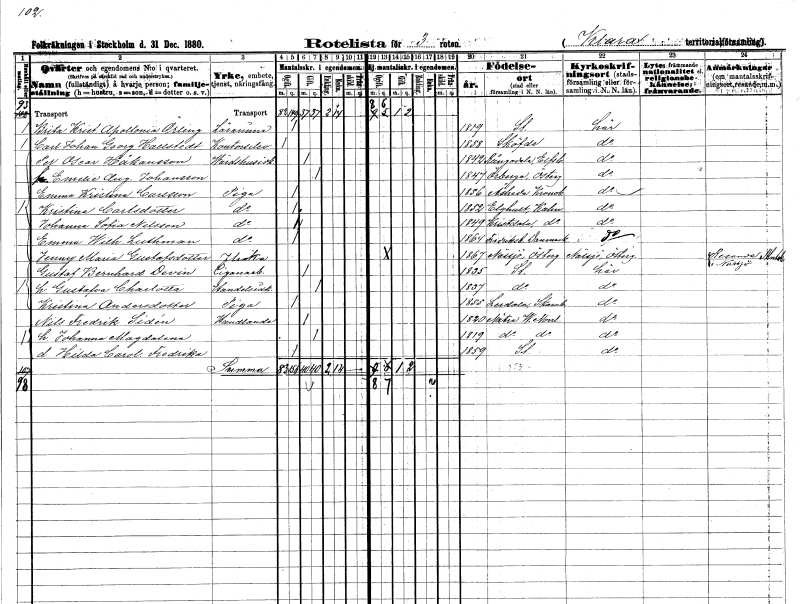
gt_parse: households: individuals: FN: Brita Kristina Apolonia
EN: Örling
YRKE: Lärarinna
KON: K
CIV: O
FODAR: 1819
FODFORS: Stockholm
FN: Carl Johan Georg
EN: Hallstedt
YRKE: Kontorselev
KON: M
CIV: O
FODAR: 1858
FN: Per Oscar
EN: Håkansson
YRKE: Värdshusidkare
KON: M
CIV: G
FODAR: 1842
FODFORS: Rångedala Älvsborgs län
FN: Emelie Augusta
EN: Johansson
KON: K
CIV: G
FODAR: 1847
FODFORS: Örberga Östergötlands län
FN: Emma Kristina
EN: Carlsson
YRKE: Piga
KON: K
CIV: O
FODAR: 1856
FODFORS: Åseda Kronobergs län
FN: Kristina
EN: Carlsdotter
YRKE: Piga
KON: K
CIV: O
FODAR: 1852
FODFORS: Älghult Kronobergs län
FN: Johanna Sofia
EN: Nilsson
YRKE: Piga
KON: K
CIV: O
FODAR: 1849
FODFORS: Kristdala Kalmar län
FN: Emma Wilhelmina
EN: Luthman
YRKE: Piga
KON: K
CIV: O
FODAR: 1864
FN: Jenny Maria
EN: Gustafsdotter
KON: K
CIV: O
FODAR: 1867
FODFORS: Nässjö Jönköpings län
FN: Gustaf Bernhard
EN: Devin
YRKE: Cigarrarbetare
KON: M
CIV: G
FODAR: 1835
FODFORS: Stockholm
FN: Gustafva Charlotta
YRKE: Handelsidkare
KON: K
CIV: G
FODAR: 1837
FODFORS: Stockholm
FN: Kristina
EN: Andersdotter
YRKE: Piga
KON: K
CIV: O
FODAR: 1855
FODFORS: Lerdala Skaraborgs län
FN: Nils Fredrik
EN: Sidén
YRKE: Handlande
KON: M
CIV: G
FODAR: 1820
FODFORS: Nätra Västernorrlands län
FN: Johanna Magdalena
KON: K
CIV: G
FODAR: 1819
FODFORS: Nätra Västernorrlands län
FN: Hilda Carolina Fredrika
KON: K
CIV: O
FODAR: 1859
FODFORS: Stockholm